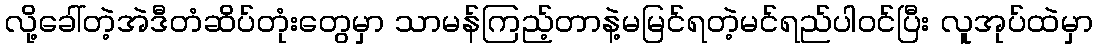
လို့ခေါ်တဲ့အဲဒီတံဆိပ်တုံးတွေမှာ သာမန်ကြည့်တာနဲ့မမြင်ရတဲ့မင်ရည်ပါဝင်ပြီး လူအုပ်ထဲမှာ